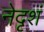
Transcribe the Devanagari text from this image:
नेदृशं